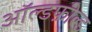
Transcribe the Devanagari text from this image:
ऑल्डफ़ील्ड